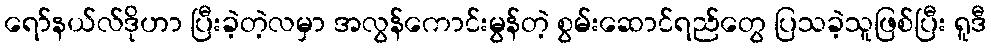
ရော်နယ်လ်ဒိုဟာ ပြီးခဲ့တဲ့လမှာ အလွန်ကောင်းမွန်တဲ့ စွမ်းဆောင်ရည်တွေ ပြသခဲ့သူဖြစ်ပြီး ရူဒီ